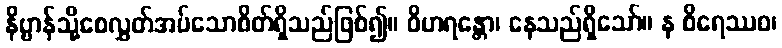
နိဗ္ဗာန်သို့စေလွှတ်အပ်သောစိတ်ရှိသည်ဖြစ်၍။ ဝိဟရန္တော၊ နေသည်ရှိသော်။ န စိရေဿဝ၊